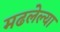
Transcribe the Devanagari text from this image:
मढलेल्या